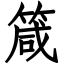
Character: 箴